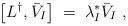
LaTeX: \begin{align*}\left[L^\dagger, \bar{V}_I\right] \;=\; \lambda_I^* \bar{V}_I \;,\end{align*}